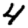
Digit: 4